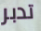
تدبر